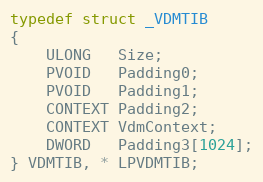
Language: C
typedef struct _VDMTIB
{
	ULONG   Size;
	PVOID   Padding0;
	PVOID   Padding1;
	CONTEXT Padding2;
	CONTEXT VdmContext;
	DWORD   Padding3[1024];
} VDMTIB, * LPVDMTIB;